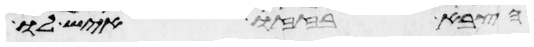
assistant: הצבא בזזו איש לו